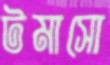
টমাসো